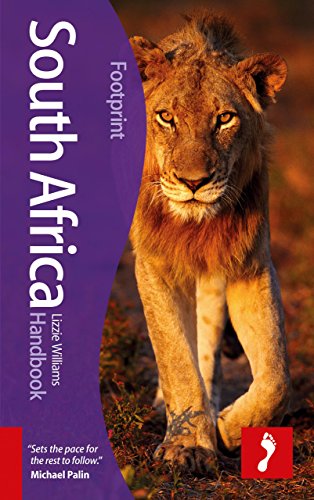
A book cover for South Africa Handbook: Including Lesotho & Swaziland (Footprint - Handbooks); Lizzie Williams; Travel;